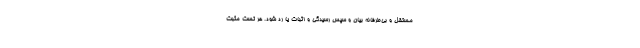
مستقل و بی‌طرفانه بیان و سپس رسیدگی و اثبات یا رد شود. هر تست مثبت